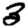
Digit: 3